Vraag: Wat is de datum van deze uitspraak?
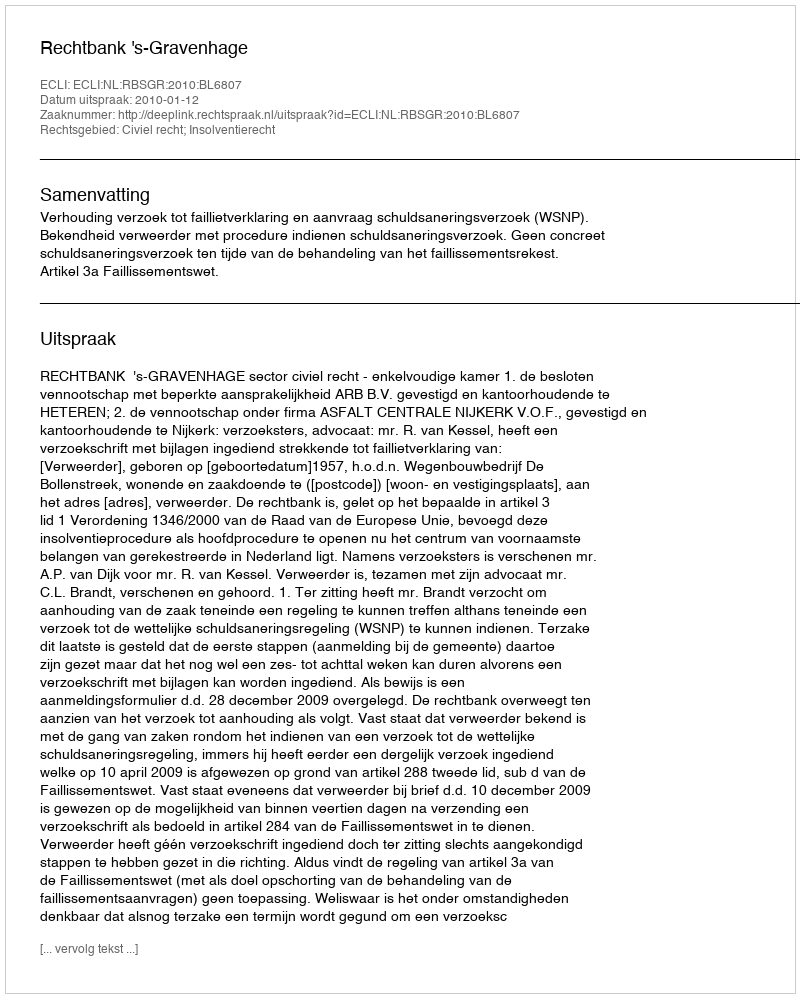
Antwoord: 2010-01-12